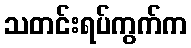
သတင်းရပ်ကွက်က